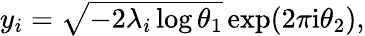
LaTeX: \begin{array}{r}{y_{i}=\sqrt{-2\lambda_{i}\log\theta_{1}}\exp(2\pi\mathrm{i}\theta_{2}),}\end{array}